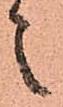
之